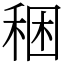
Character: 稇